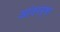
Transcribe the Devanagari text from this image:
आंतरपृष्ठ